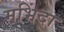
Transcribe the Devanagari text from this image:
मभिंदा